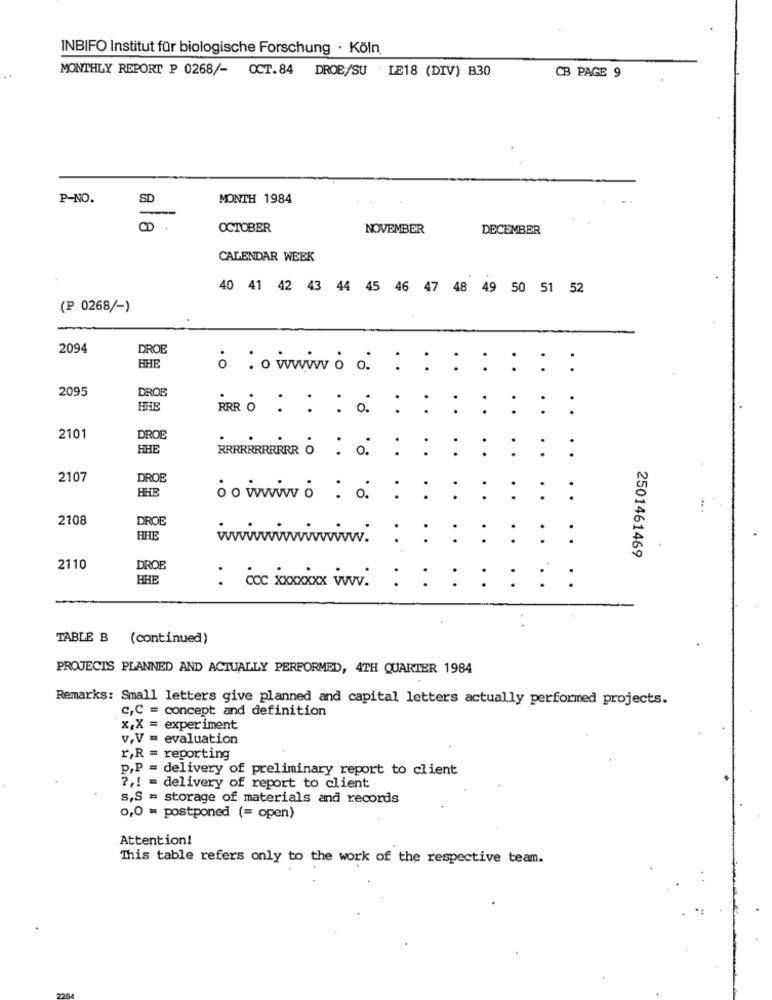
INBIFO Institut für biologische Forschung · Köln
MONTHLY REPORT P 0268/- OCT.84 DROB/SU . LE18 (DIV) B30
CB PAGE 9
P-NO.
SD
MONTH 1984
-
OCTOBER
NOVEMBER
DECEMBER
CALENDAR WEEK
40 41 42 43 44 45 46 47 48 49 50 51 52
(₽ 0268/-)
2094
DROE
..
..
.
HHE
0
2095
DROB
PERO : : : . : : : : : : :
2101
DROE
HHE
2107
DROB
HHE
Oo www0 : 0.
2108
DROE
HHE
wwwwwwwwwWW: : : : : : : :
2501461469
2110
DROB
BHE
. .
TABLE B (continued)
PROJECIS PLANNED AND ACTUALLY PERFORMED, 4TH QUARTER 1984
Remarks: Small letters give planned and capital letters actually performed projects.
c,C = concept and definition
x,X = experiment
v.V = evaluation
r,R = reporting
p,P = delivery of preliminary report to client
7 ,! = delivery of report to client
s,S = storage of materials and records
0,0 = postponed (= open)
Attention!
This table refers only to the work of the respective team.